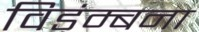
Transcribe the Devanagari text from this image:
विडंम्बना